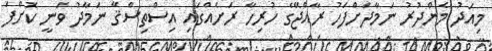
މިއަދު މެންދުރު ނަމާދަށްފަހު ރާއްޖޭގެ ހުރިހާ ރަށެއްގައި އިސްތިސްޤާ ނަމާދު ވަނީ ކޮށްފަ